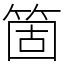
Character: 箇